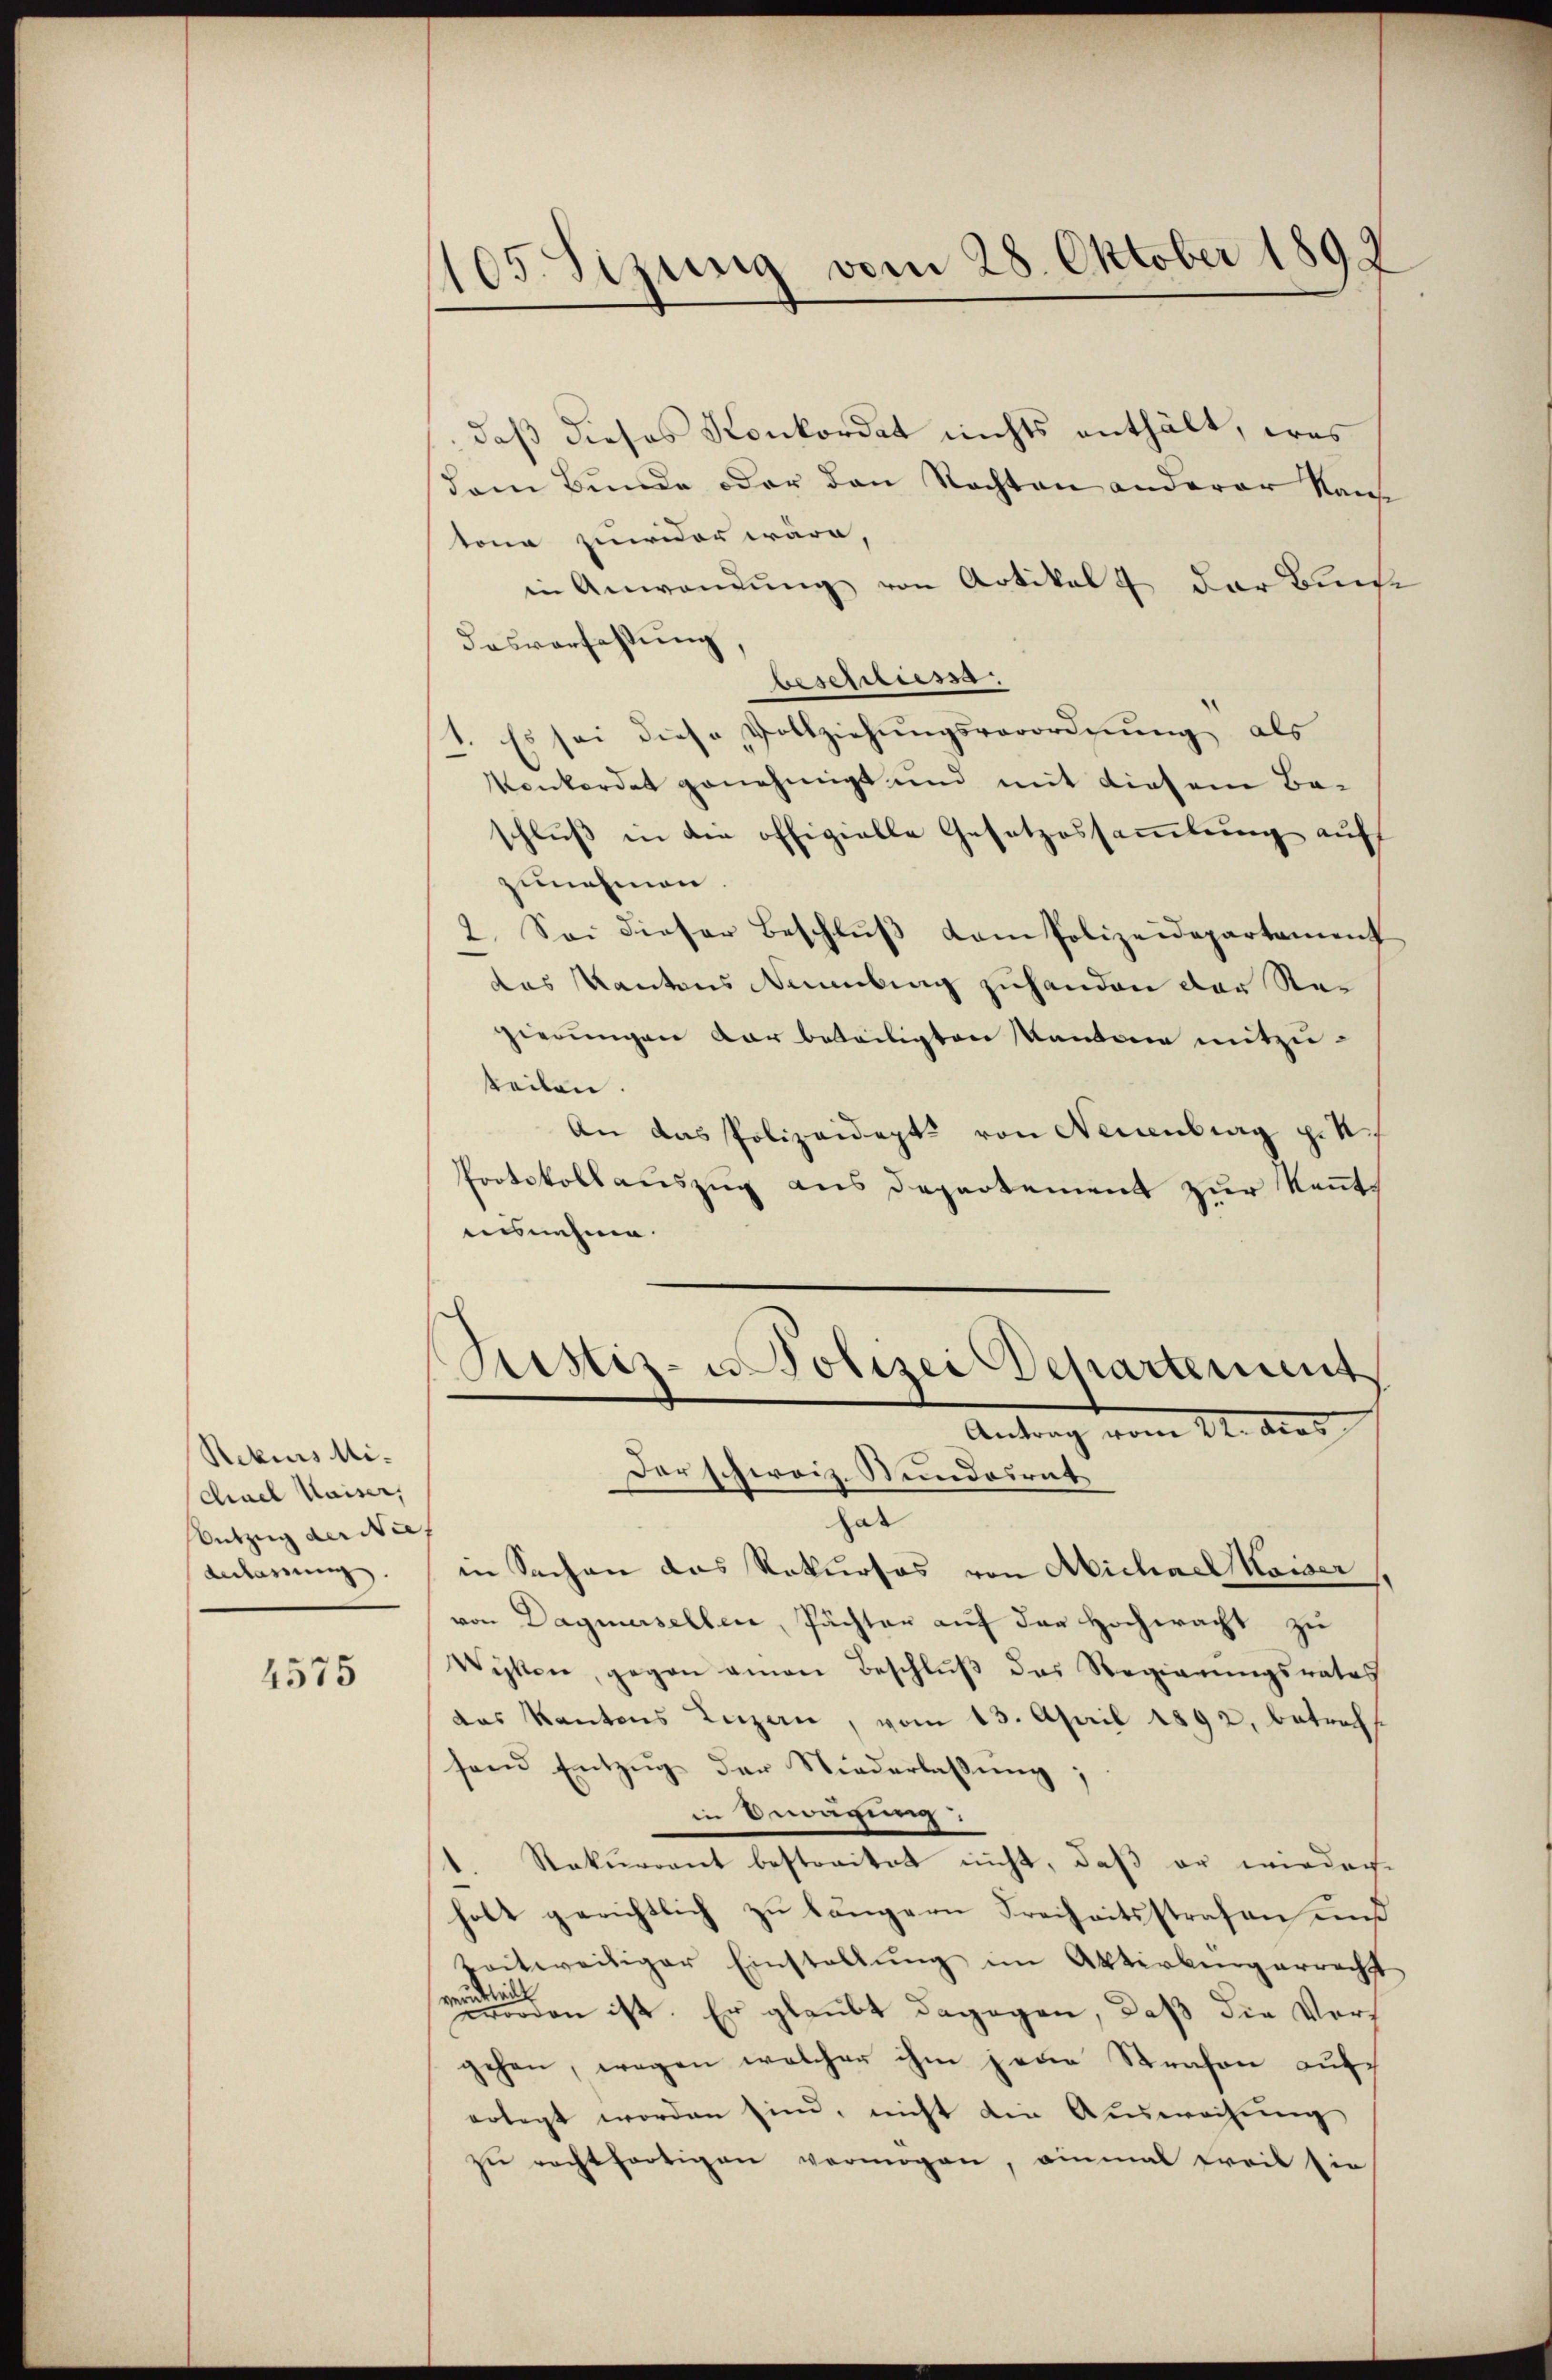
Rekurs Michael Kaiser,
Entzug der Nie
Anlärung.

4575

105. Sizung vom 28. Oktober 1892

daß dieses Konkordat nichts enthält, was
dem Bunde oder den Nachten anderer Raus
tone zuwider wäre,
in Anwendung von Artikel der Buch
dasverfehlung
beschliess.
Es sei diese Vollziehŭngsverordnung als
Vonkordet genehmigt und mit diesene Be-
schluß in die offizielle Gesetzessammlung auf
zunahmen
2. Sei dieser Beschlŭβ dem Polizeidepartement
das Kantons Naumburg zuhanden der Regierungen dar beteiligten Kantone mitzuteilen.
An das Polizeidept von Neuenburg p. 4
Protokoll aŭszŭg ans Departement zŭr Keṅt-
ausnehme.
Justiz- u Polizei Departement
Antrag vom 12. das
Der schweiz. Stundesrat
lar
¬
in Sachen das Rekurses von Michael Kaiser
von Dagnersellen, Pächter auf der Hochwacht zu
Wisken, gegen amen Beschlŭβ das Regierungsrates
das Kantons Luzern, vom 13. April 1892, betreff
sen Entzŭg der Niederlassŭng,
in Erwägung
1. Rekurrent bestreitet nicht, daβ er wieder
holt gerichtlich zu längern Freiheitsstrafen uns
zeitweiliger Einstallŭng im Aktivbürgerrecht
sen ist. Er glaubt dagegen, daß die Vorgehen, wegen welcher ihm jene Strafen auch
erlegt worden sind, nicht die Auswachung
zu rechtfertigen vermögen, einmal freit sie